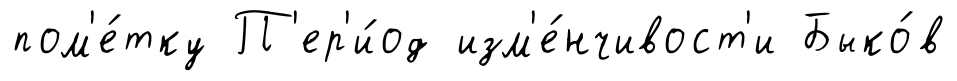
пом'е́тку П'ер'и́од изм'е́нчивост'и Быко́в